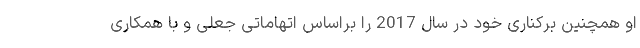
او همچنین برکناری خود در سال 2017 را براساس اتهاماتی جعلی و با همکاری